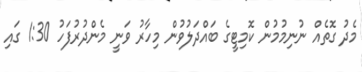
މެދު ގޮތެއް ނުނިމުމުން ކޮމިޓީގެ ބައްދަލުވުން މިހާރު ވަނީ މެންދުރުފަހު 1:30 ގައި